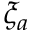
\xi _ { a }